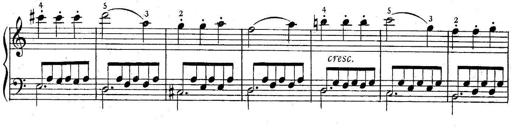
Title: 6 Easy Sonatinas
Composer: Carl Czerny